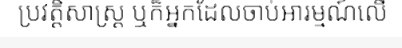
ប្រវត្តិសាស្ត្រ ឬក៏អ្នកដែលចាប់អារម្មណ៍លើ